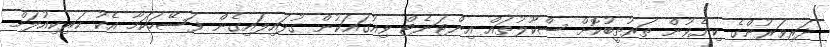
ދަރިވަރުންގެ ކިޔެވުން ތަރުތީބުކޮށް ސްކޫލުތައް އިންޓަނެޓް ވިއުގައަކުން ގުޅައިލައިގެން ފަސޭހަކަމާ އެކު ކަރިކިއުލަމް